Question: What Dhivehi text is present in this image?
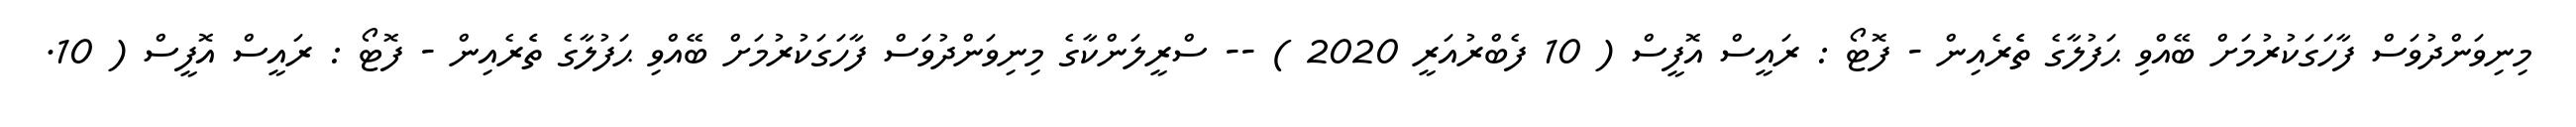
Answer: މިނިވަންދުވަސް ފާހަގަކުރުމަށް ބޭއްވި ޙަފުލާގެ ތެެރެއިން - ފޮޓޯ : ރައީސް އޮފީސް ( 10 ފެބްރުއަރީ 2020 ) -- ސްރީލަންކާގެ މިނިވަންދުވަސް ފާހަގަކުރުމަށް ބޭއްވި ޙަފުލާގެ ތެެރެއިން - ފޮޓޯ : ރައީސް އޮފީސް ( 10.